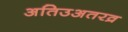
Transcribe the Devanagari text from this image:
अतिउअतरव्र